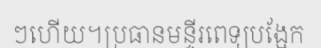
ៗហើយ។ប្រធានមន្ទីរពេទ្យបង្អែក